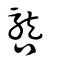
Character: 𡃡